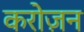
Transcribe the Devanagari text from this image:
करोज़न